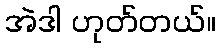
အဲဒါ ဟုတ်တယ်။